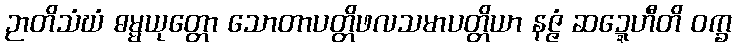
ဉာတိသံဃံ ဓမ္မယုတ္တော သောတာပတ္တိဖလသမာပတ္တိယာ နဇ္ဇံ ဆဍ္ဍေဟီတိ ဝက္ခ